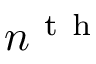
n ^ { \mathrm { ~ t ~ h ~ } }